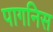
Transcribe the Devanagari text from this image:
पागनिस